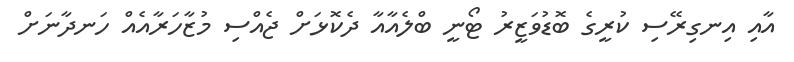
އާއި އިނގިރޭސި ކުރީގެ ބޮޑުވަޒީރު ޓޯނީ ބްލެއާއާ ދެކޮޅަށް ޖެއްސި މުޒާހަރާއެއް ހަނދާނަށް